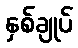
နှစ်ချုပ်